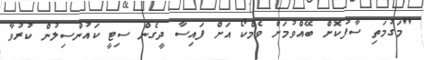
"މަގުމަތި ސާފުކޮށް ބޭއްވުމަށް ވެމްކޯ އަށް ފައިސާ ދީގެން ސިޓީ ކައުންސިލުން ކުރުވާ